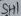
Text: SH1